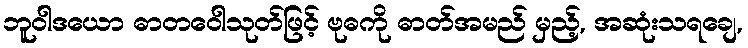
ဘူဝါဒယော ဓာတဝေါသုတ်ဖြင့် ဗုဓကို ဓာတ်အမည် မှည့်, အဆုံးသရချေ,